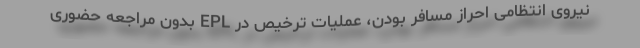
نیروی انتظامی احراز مسافر بودن، عملیات ترخیص در EPL بدون مراجعه حضوری